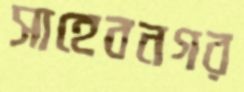
সাহেবনগর